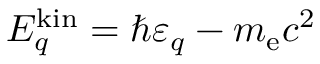
E _ { q } ^ { \mathrm { k i n } } = \hbar \varepsilon _ { q } - m _ { \mathrm { e } } c ^ { 2 }